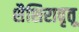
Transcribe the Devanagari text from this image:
शैशिरावृतू